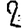
Digit: 2